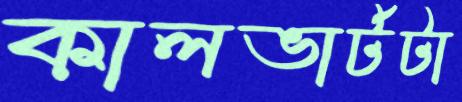
কালভার্টটা